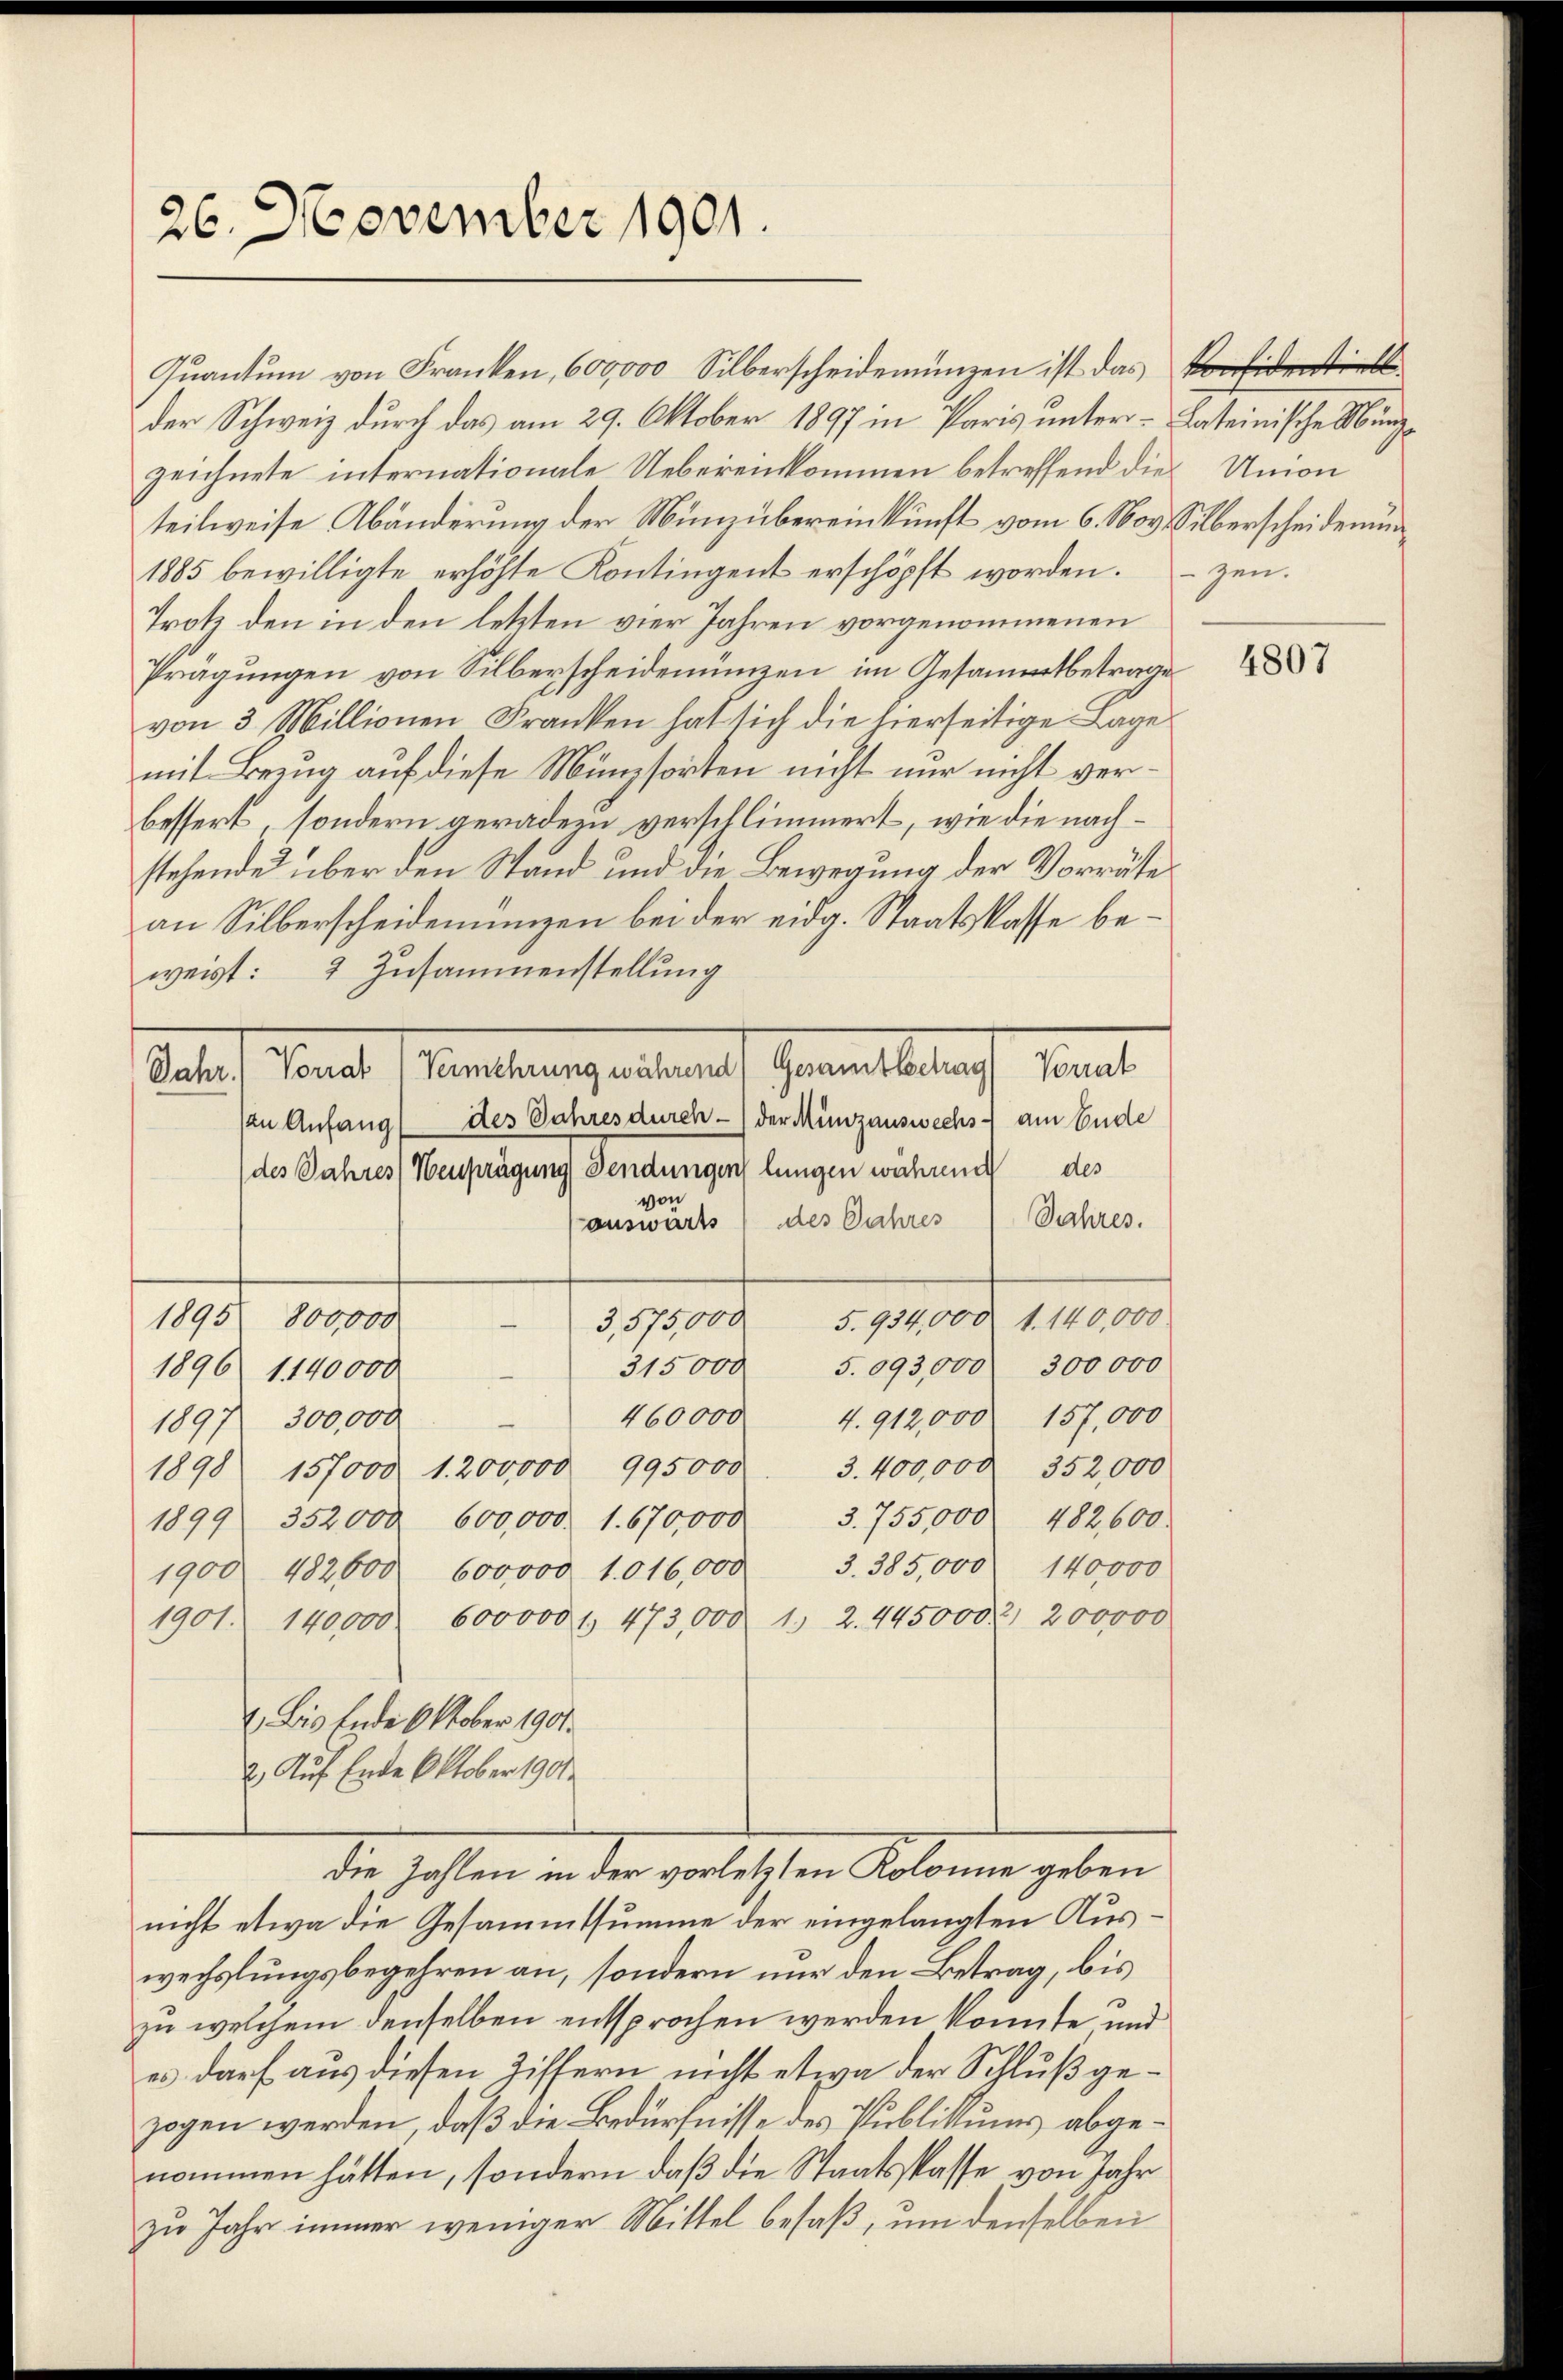
26. November 1901.

Quantum von Franken, 600,000 Silberscheidemünzen ist das erstell
der Schweiz durch das am 29. Oktober 1897 in Paris unter - Lateinische Münzzeichnete internationale Uebereinkommen betreffend die Union
teilweise Abänderung der Münzübereinkunft vom 6. Nov. Silberscheidenun
1885 bewilligte erhöhte Kontingent erschöpft worden.
Trotz den in den letzten vier Jahren vorgenommenen
Prägungen von Silberscheidenünzen im Gesammtbetrage
von 3 Millionen Franken hat sich die hierseitige Lage
mit Bezug auf diese Münzsorten nicht nur nicht verbessert, sondern geradern verschlimmert, wie die nachstehende über den Stand und die Bewegung der Vorräte
an Silberscheidenungen bei der eidg. Staatskasse beweist: 2 Zusammenstellung
Rates Monat (Veranlangestraf Fernenbelach damit
zu Anfang des Jahres durch der Münzauswechs - am Ende
des Jahres (Neuprägung (Sendungen lungen während des
von
auswärts) des Jahres (Jahres.
1895 800,000
1870. 9. 1700 r. 1890.
n
315000 5.093,000 300000
1896 1140000
460000 4. 912,000 157,000
1897 300,000
1898 157000. 1. 200000 995000 3. 400,000. 352,000
1899 352,000. 600,000. 1. 670,000. 3. 755,000 482,600
1900 482600. 600000 1016,000 3. 385,000 140000
1901. 140,000. 600000 l. 473,000 1. 2. 445,000. 2. 200000
1. Bis Ende Oktober 1901.
2. Auf Ende Oktober 1901
Die Zahlen in der vorletzten Kolonie geben
nicht etwa die Gesammtsumme der eingelangten Auswechslungsbegehren an, sondern nur den Betrag, bis
zu welchem denselben entsprochen werden könnte und
es darf aus diesen Ziffern nicht etwa der Schluß gezogen werden, daß die Bedürfnisse des Publikums abgenommen hätten, sondern daß die Staatskasse von Jahr
zu Jahr immer weniger Mittel besaß, um denselben

zen.

4807